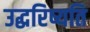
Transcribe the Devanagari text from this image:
उद्धरिष्यति